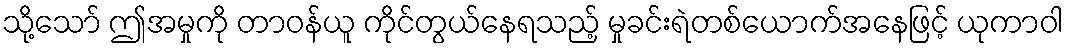
သို့သော် ဤအမှုကို တာဝန်ယူ ကိုင်တွယ်နေရသည့် မှုခင်းရဲတစ်ယောက်အနေဖြင့် ယုကာဝါ